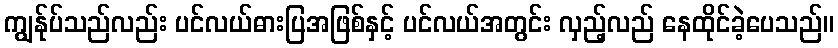
ကျွန်ုပ်သည်လည်း ပင်လယ်ဓားပြအဖြစ်နှင့် ပင်လယ်အတွင်း လှည့်လည် နေထိုင်ခဲ့ပေသည်။